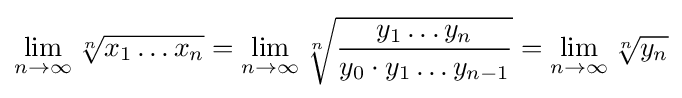
\lim _{n\to \infty }{\sqrt[{n}]{x_{1}\dots x_{n}}}=\lim _{n\to \infty }{\sqrt[{n}]{\frac {y_{1}\dots y_{n}}{y_{0}\cdot y_{1}\dots y_{n-1}}}}=\lim _{n\to \infty }{\sqrt[{n}]{y_{n}}}